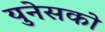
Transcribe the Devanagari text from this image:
युनेसको